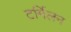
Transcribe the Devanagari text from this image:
टर्मिलन